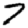
Digit: 7